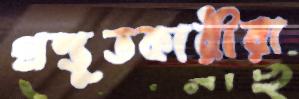
প্রস্তুতকারীরা